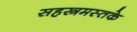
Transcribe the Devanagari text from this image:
सहस्त्रमस्तके